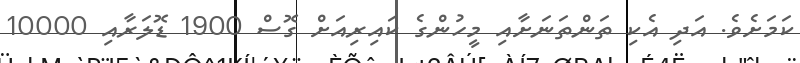
ކަމަށެވެ. އަދި އެކި ތަންތަނަށާއި މީހުންގެ ކައިރިއަށް ގޮސް 1900 ޑޮލަރާއި 10000